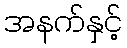
အနက်နှင့်